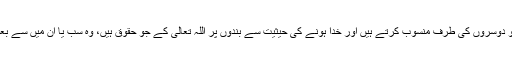
خدائی کی جو صفات اللہ کیلئے خاص ہیں، ان میں سے بعض کو دوسروں کی طرف منسوب کرتے ہیں اور خدا ہونے کی حیثیت سے بندوں پر اللہ تعالیٰ کے جو حقوق ہیں، وہ سب یا ان میں سے بعض حقوق یہ لوگ ان دوسرے بناوٹی معبودوں کو ادا کرتے ہیں۔